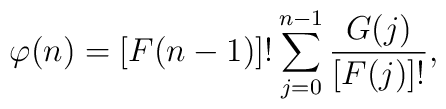
\varphi (n) = [F(n-1)]! \sum_{j=0}^{n-1} \frac{G(j)}{[F(j)]!},